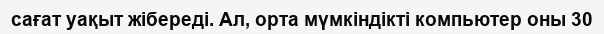
сағат уақыт жібереді. Ал, орта мүмкіндікті компьютер оны 30